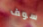
سوف